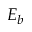
E _ { b }